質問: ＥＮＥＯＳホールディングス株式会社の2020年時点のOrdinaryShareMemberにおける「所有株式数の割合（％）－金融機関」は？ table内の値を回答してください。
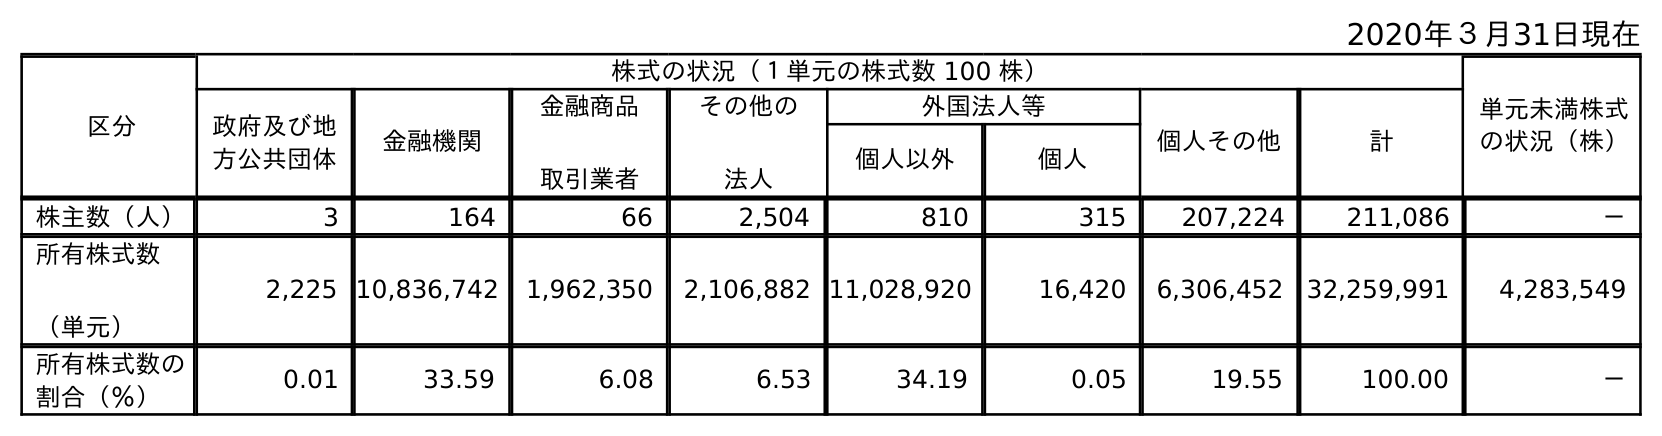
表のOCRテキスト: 2020年３月31日現在 区分 株式の状況（１単元の株式数 100 株） 単元未満株式 の状況（株） 政府及び地 方公共団体 金融機関 金融商品 取引業者 その他の 法人 外国法人等 個人その他 計 個人以外 個人 株主数（人） 3 164 66 2,504 810 315 207,224 211,086 － 所有株式数 （単元） 2,225 10,836,742 1,962,350 2,106,882 11,028,920 16,420 6,306,452 32,259,991 4,283,549 所有株式数の 割合（％） 0.01 33.59 6.08 6.53 34.19 0.05 19.55 100.00 －
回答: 33.59